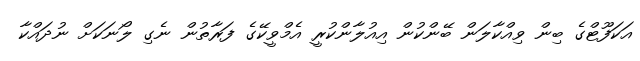
އަކަފޫޓްގެ ބިން ވިއްކާލަން ބޭންކުން އިއުލާންކުރީ އެމްވީކޭގެ ފަރާތުން ނެގި ލޯނަކަށް ނުދައްކާ